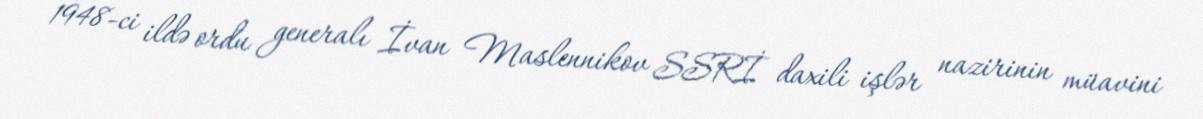
1948-ci ildə ordu generalı İvan Maslennikov SSRİ daxili işlər nazirinin müavini